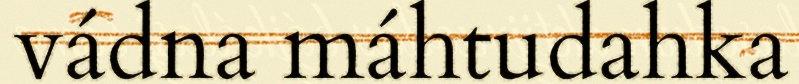
vádna máhtudahka